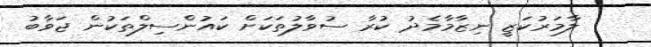
ލާމަރުކަޒީ ނިޒާމާމެދު ކުރާ ސުވާލުތަކަށް ކައުންސިލްތަކުން ޖަވާބު